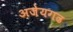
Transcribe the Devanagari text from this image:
अजेयगढ